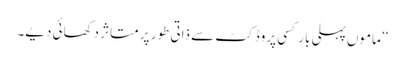
‘‘ ماموں پہلی بار کسی پروڈکٹ سے ذاتی طور پر متاثر دکھائی دیے۔